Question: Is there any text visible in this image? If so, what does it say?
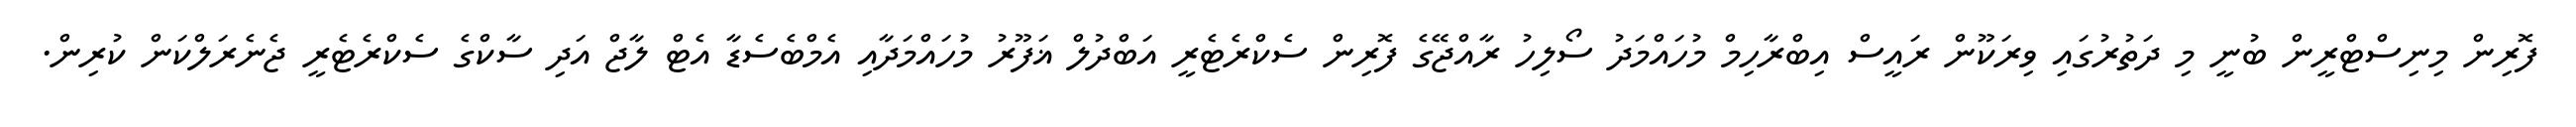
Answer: ފޮރިން މިނިސްޓްރީން ބުނީ މި ދަތުރުގައި ވިރަކޫން ރައީސް އިބްރާހިމް މުހައްމަދު ސޯލިހު ރާއްޖޭގެ ފޮރިން ސެކްރެޓެރީ އަބްދުލް ޣަފޫރު މުހައްމަދާއި އެމްބެސެޑާ އެޓް ލާޖް އަދި ސާކްގެ ސެކްރެޓެރީ ޖެނެރަލްކަން ކުރިން.